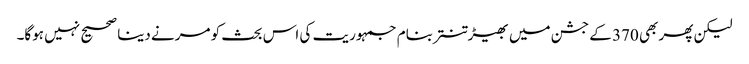
لیکن پھر بھی 370 کے جشن میں بھیڑ تنتر بنام جمہوریت کی اس بحث کو مرنے دینا صحیح نہیں ہوگا۔